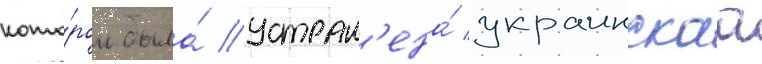
кото́ром была́ устран'ена́ украинскаа